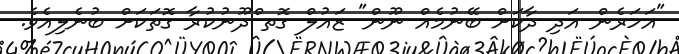
"އަހަރެން އަދި ދާކަށް ބޭނުމެއް ނޫން" ޒައުލް ގޮތ ްދޫނުކުރާ ގޮތަކަށް ބުނެލިއެވެ.